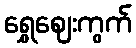
ရွှေဈေးကွက်